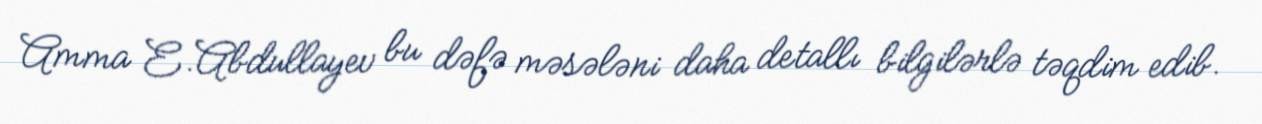
Amma E.Abdullayev bu dəfə məsələni daha detallı bilgilərlə təqdim edib.